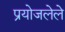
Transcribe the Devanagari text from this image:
प्रयोजलेले